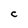
Character: C